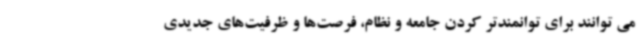
می توانند برای توانمندتر کردن جامعه و نظام، فرصت‌ها و ظرفیت‌های جدیدی